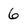
Character: 6